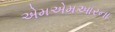
એમએમઆરના